Indian journal of veterinary science and animal husbandry - Volume 2,
Year: 1932
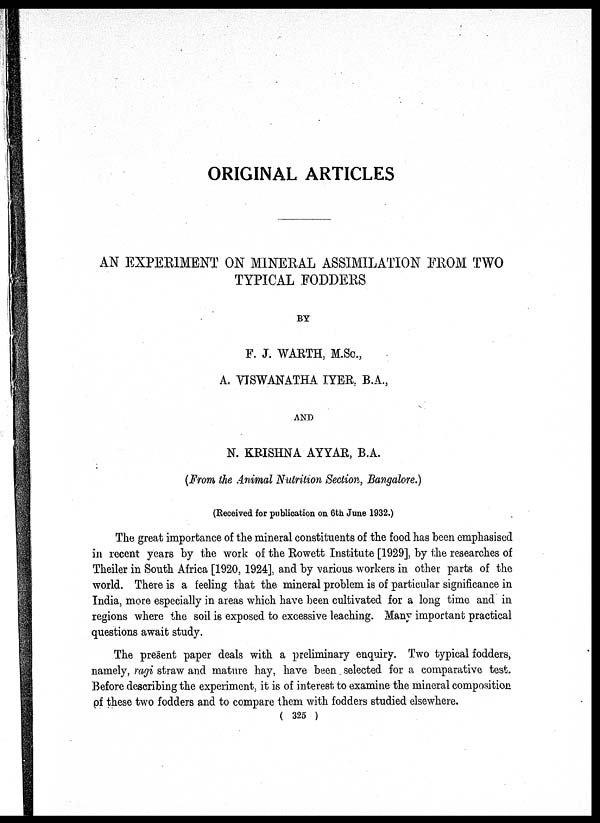
ORIGINAL ARTICLES
AN EXPERIMENT ON MINERAL ASSIMILATION FROM TWO
TYPICAL FODDERS
BY
F. J. WARTH, M.Sc.,
A. VISWANATHA IYER, B.A.,
AND
N. KRISHNA AYYAR, B.A.
(From the Animal Nutrition Section, Bangalore.)
(Received for publication on 6th June 1932.)
The great importance of the mineral constituents of the food has been emphasised
in recent years by the work of the Rowett Institute [1929], by the researches of
Theiler in South Africa [1920, 1924], and by various workers in other parts of the
world. There is a feeling that the mineral problem is of particular significance in
India, more especially in areas which have been cultivated for a long time and in
regions where the soil is exposed to excessive leaching. Many important practical
questions await study.
The present paper deals with a preliminary enquiry. Two typical fodders,
namely, ragi straw and mature hay, have been selected for a comparative test.
Before describing the experiment, it is of interest to examine the mineral composition
of these two fodders and to compare them with fodders studied elsewhere.
( 325 )